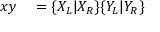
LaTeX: \begin{array} { r l } { x y } & { { } = \{ X _ { L } | X _ { R } \} \{ Y _ { L } | Y _ { R } \} } \end{array}